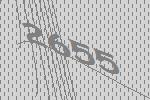
2655